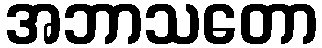
အဘာသတော